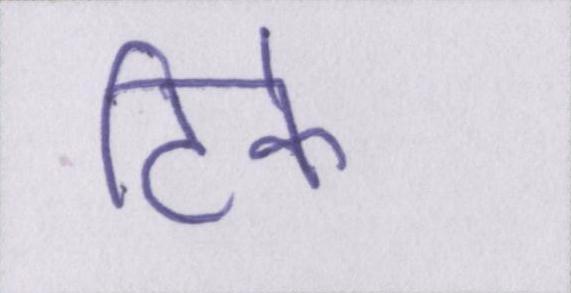
टिके